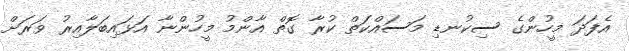
އެފަދަ މީހުންގެ ސިކުނޑި މަސައްކަތް ކުރާ ގޮތް އާންމު މީހުންނާ އަޅައިބަލާއިރު ވަރަށް